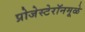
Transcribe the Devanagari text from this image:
प्रोजेस्टेरॉनमूळे